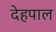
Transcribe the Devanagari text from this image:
देहपाल